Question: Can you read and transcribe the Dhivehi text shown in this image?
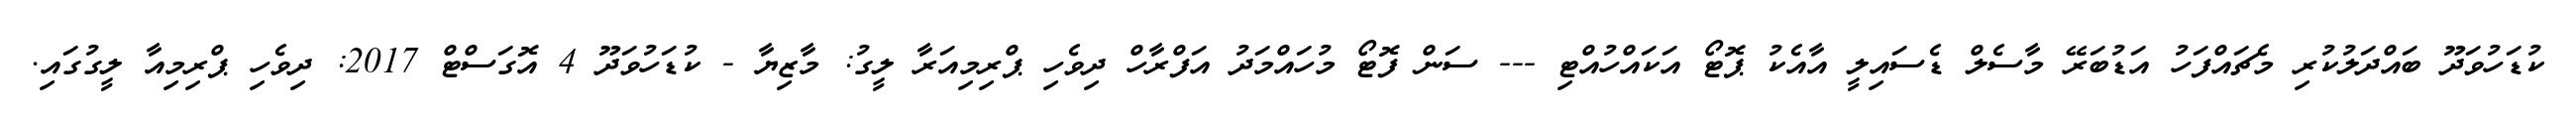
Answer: ކުޑަހުވަދޫ ބައްދަލުކުރި މެޗައްފަހު އަޑުބަރޭ މާސެލް ޑެސައިލީ އާއެކު ޕޮޓޯ އަކައްހުއްޓި --- ސަން ފޮޓޯ މުހައްމަދު އަފްރާހް ދިވެހި ޕްރިމިއަރާ ލީގު: މާޒިޔާ - ކުޑަހުވަދޫ 4 އޮގަސްޓް 2017: ދިވެހި ޕްރިމިއާ ލީގުގައި.